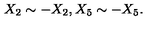
X _ { 2 } \sim - X _ { 2 } , X _ { 5 } \sim - X _ { 5 } .